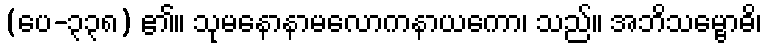
(ပေ-၃၃၈) ၏။ သုမနောနာမလောကနာယကော၊ သည်။ အဘိသမ္ဗောဓိ၊